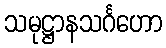
သမုဋ္ဌာနသင်္ဂဟော